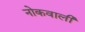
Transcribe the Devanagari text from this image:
नोकवाली